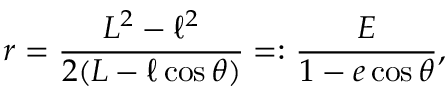
r = \frac { L ^ { 2 } - \ell ^ { 2 } } { 2 ( L - \ell \cos \theta ) } = : \frac { E } { 1 - e \cos \theta } ,